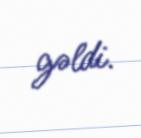
gəldi.